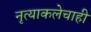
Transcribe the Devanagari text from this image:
नृत्याकलेचाही